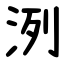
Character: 洌